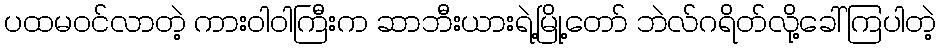
ပထမဝင်လာတဲ့ ကားဝါဝါကြီးက ဆာဘီးယားရဲ့မြို့တော် ဘဲလ်ဂရိတ်လို့ခေါ်ကြပါတဲ့